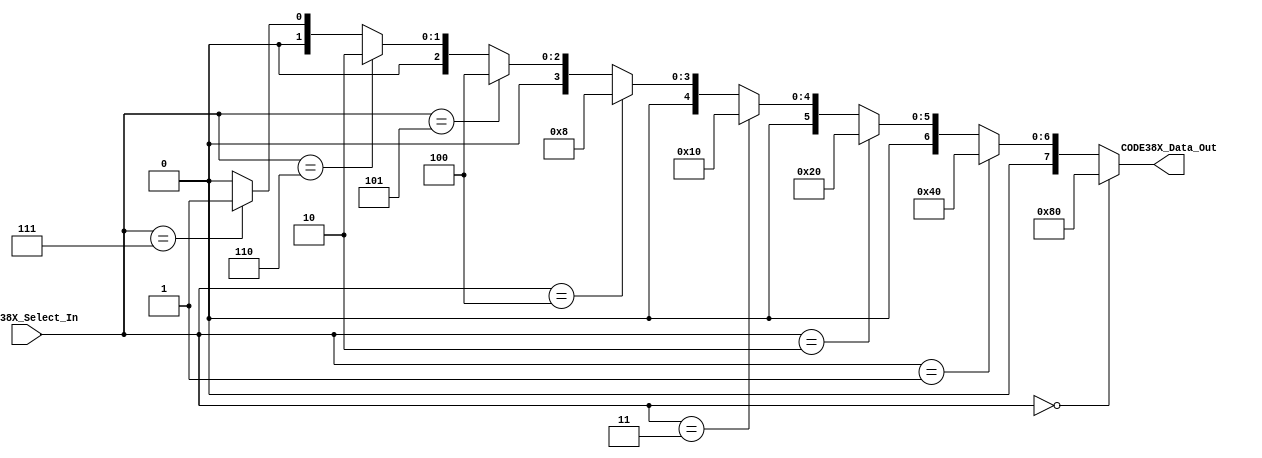
//=======================================================
//  MODULE Definition
//=======================================================
module CODE38X (
//////////// OUTPUT //////////
	CODE38X_Data_Out,
//////////// INPUTS //////////
	CODE38X_Select_In,
);
//=======================================================
//  PARAMETER declarations
//=======================================================
parameter DATAWIDTH_SELECTOR=3;
parameter DATAWIDTH_DATA=8;
//[3] BIT_MACHINE
//=======================================================
//  PORT declarations
//=======================================================
	output [DATAWIDTH_DATA-1:0] CODE38X_Data_Out;
	input  [DATAWIDTH_SELECTOR-1:0] CODE38X_Select_In;
	
//=======================================================
//  REG/WIRE declarations
//=======================================================
//=======================================================
//  Structural coding
//=======================================================
 
 assign CODE38X_Data_Out=(CODE38X_Select_In == 3'b000)?8'b10000000:
			 (CODE38X_Select_In == 3'b001)?8'b01000000:
	       (CODE38X_Select_In == 3'b010)?8'b00100000:
	       (CODE38X_Select_In == 3'b011)?8'b00010000:
	       (CODE38X_Select_In == 3'b100)?8'b00001000:
	       (CODE38X_Select_In == 3'b101)?8'b00000100:
	       (CODE38X_Select_In == 3'b110)?8'b00000010:
			 (CODE38X_Select_In == 3'b111)?8'b00000001:
			 8'h00;
			 
			 
endmodule